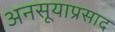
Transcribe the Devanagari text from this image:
अनसूयाप्रसाद